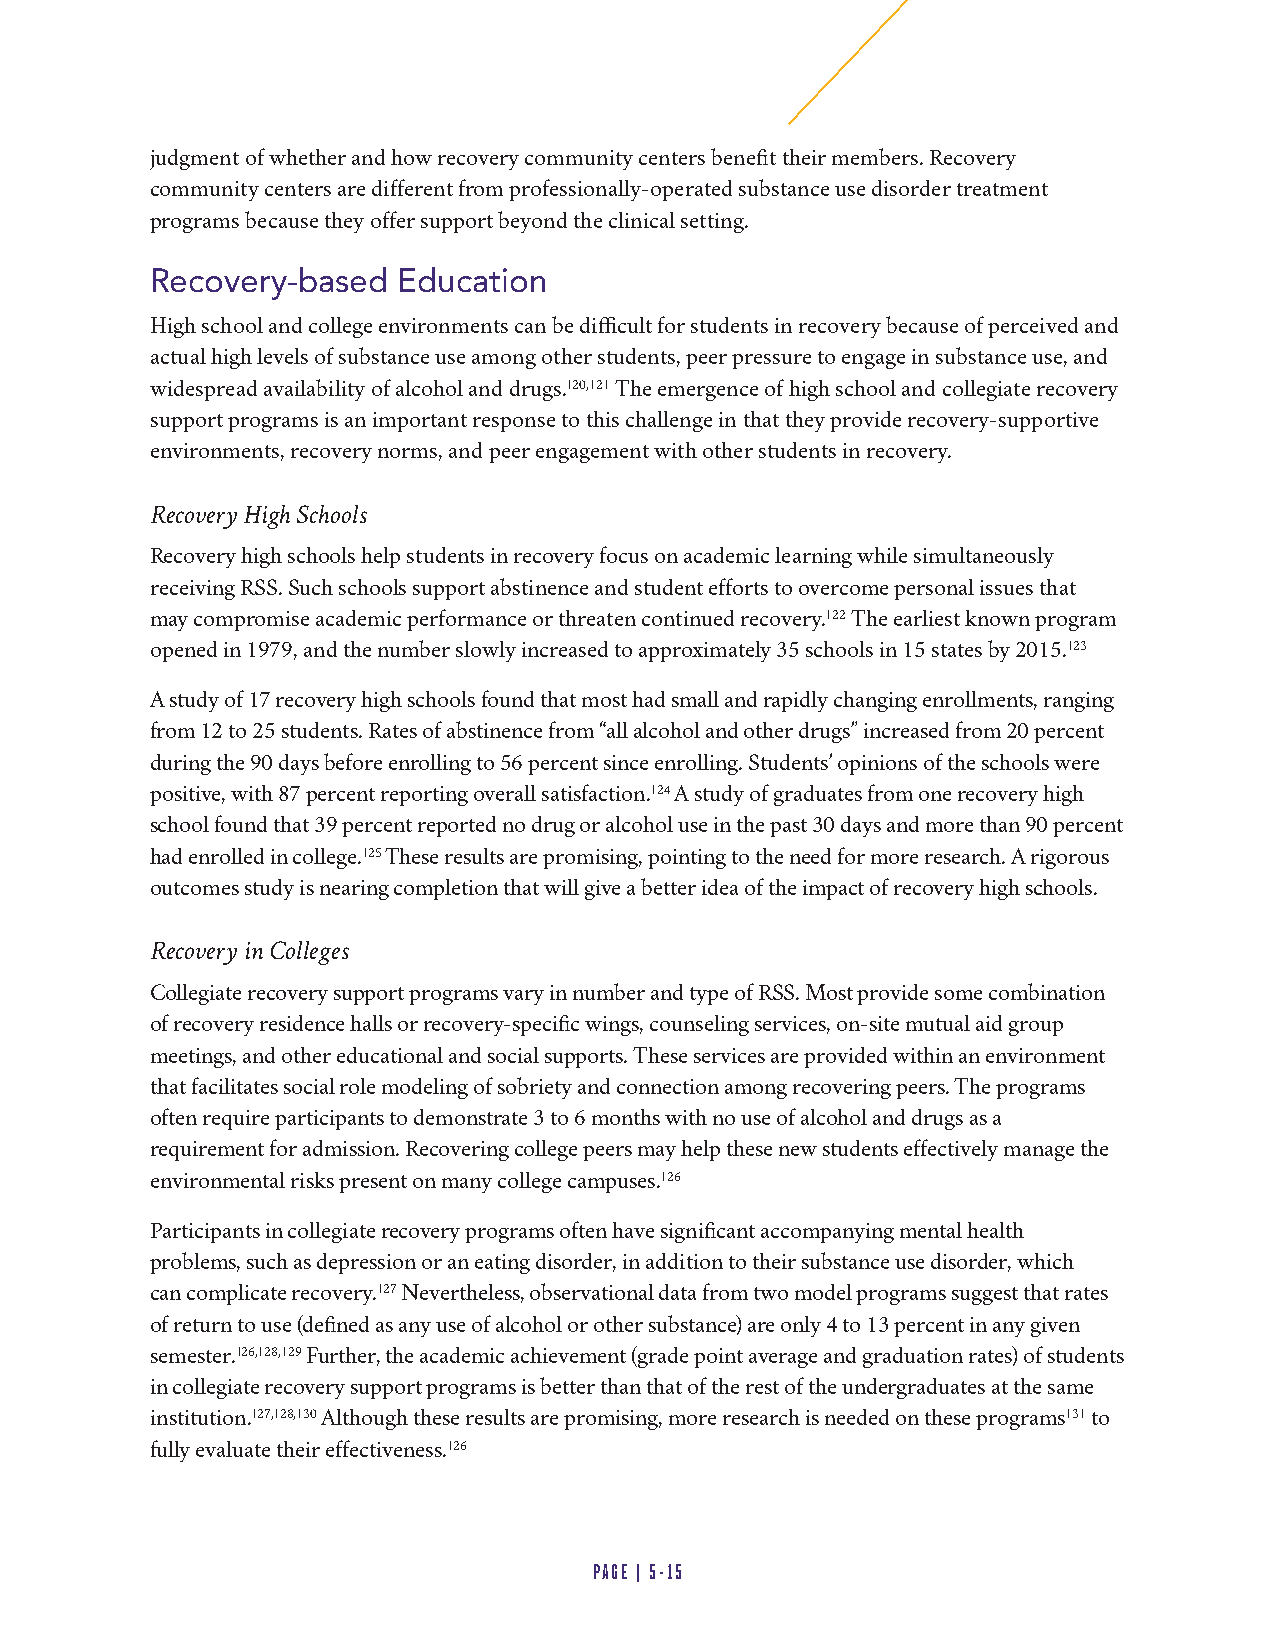
judgment of whether and how recovery community centers benefit their members. Recovery
 community centers are different from professionally-operated substance use disorder treatment
 programs because they offer support beyond the clinical setting.
 Recovery-based  Education
 High school and college environments can be difficult for students in recovery because of perceived and
 actual high levels of substance use among other students, peer pressure to engage in substance use, and
 widespread availability of alcohol and drugs.120,121 The emergence of high school and collegiate recovery
 support programs is an important response to this challenge in that they provide recovery-supportive
 environments, recovery norms, and peer engagement with other students in recovery.
 Recovery High Schools
 Recovery high schools help students in recovery focus on academic learning while simultaneously
 receiving RSS. Such schools support abstinence and student efforts to overcome personal issues that
 may compromise academic performance or threaten continued recovery.122 The earliest known program
 opened in 1979, and the number slowly increased to approximately 35 schools in 15 states by 2015.123
 A study of 17 recovery high schools found that most had small and rapidly changing enrollments, ranging
 from 12 to 25 students. Rates of abstinence from “all alcohol and other drugs” increased from 20 percent
 during the 90 days before enrolling to 56 percent since enrolling. Students’ opinions of the schools were
 positive, with 87 percent reporting overall satisfaction.124 A study of graduates from one recovery high
 school found that 39 percent reported no drug or alcohol use in the past 30 days and more than 90 percent
 had enrolled in college.125 These results are promising, pointing to the need for more research. A rigorous
 outcomes study is nearing completion that will give a better idea of the impact of recovery high schools.
 Recovery in Colleges
 Collegiate recovery support programs vary in number and type of RSS. Most provide some combination
 of recovery residence halls or recovery-specific wings, counseling services, on-site mutual aid group
 meetings, and other educational and social supports. These services are provided within an environment
 that facilitates social role modeling of sobriety and connection among recovering peers. The programs
 often require participants to demonstrate 3 to 6 months with no use of alcohol and drugs as a
 requirement for admission. Recovering college peers may help these new students effectively manage the
 environmental risks present on many college campuses.126
 Participants in collegiate recovery programs often have significant accompanying mental health
 problems, such as depression or an eating disorder, in addition to their substance use disorder, which
 can complicate recovery.127 Nevertheless, observational data from two model programs suggest that rates
 of return to use (defined as any use of alcohol or other substance) are only 4 to 13 percent in any given
 semester.126,128,129 Further, the academic achievement (grade point average and graduation rates) of students
 in collegiate recovery support programs is better than that of the rest of the undergraduates at the same
 institution.127,128,130 Although these results are promising, more research is needed on these programs131 to
 fully evaluate their effectiveness.126
 PAGE | 5-15